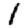
Digit: 1